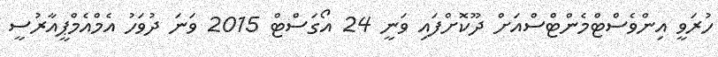
ހުރަވީ އިންވެސްޓްމެންޓްސްއަށް ދޫކޮށްފައި ވަނީ 24 އޯގަސްޓް 2015 ވަނަ ދުވަހު އެމްއެމްޕީއާރުސީ